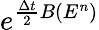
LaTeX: e^{\frac{\Delta t}{2}B(E^{n})}